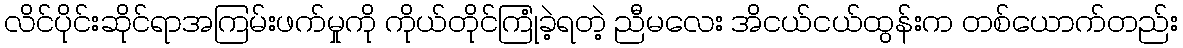
လိင်ပိုင်းဆိုင်ရာအကြမ်းဖက်မှုကို ကိုယ်တိုင်ကြုံခဲ့ရတဲ့ ညီမလေး အိငယ်ငယ်ထွန်းက တစ်ယောက်တည်း